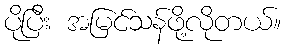
ပိုပြီး အမြင်သန်ဖို့လိုတယ်။